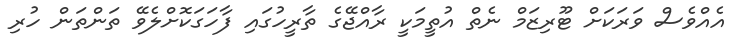
އެއްވެސް ވަރަކަށް ޓޫރިޒަމް ނެތް އުތީމަކީ ރާއްޖޭގެ ތާރީހުގައި ފާހަގަކޮށްލެވޭ ތަންތަން ހުރި